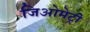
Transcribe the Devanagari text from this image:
जिअोमेट्री